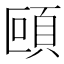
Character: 𩑼